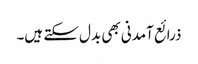
ذرائع آمدنی بھی بدل سکتے ہیں۔